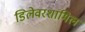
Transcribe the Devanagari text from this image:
डिलेवरशामिल